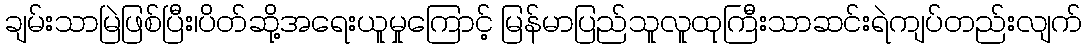
ချမ်းသာမြဲဖြစ်ပြီး၊ပိတ်ဆို့အရေးယူမှုကြောင့် မြန်မာပြည်သူလူထုကြီးသာဆင်းရဲကျပ်တည်းလျက်